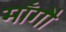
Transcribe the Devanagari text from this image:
माँगौ